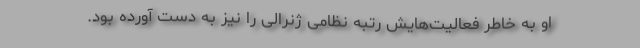
او به خاطر فعالیت‌هایش رتبه نظامی ژنرالی را نیز به دست آورده بود.